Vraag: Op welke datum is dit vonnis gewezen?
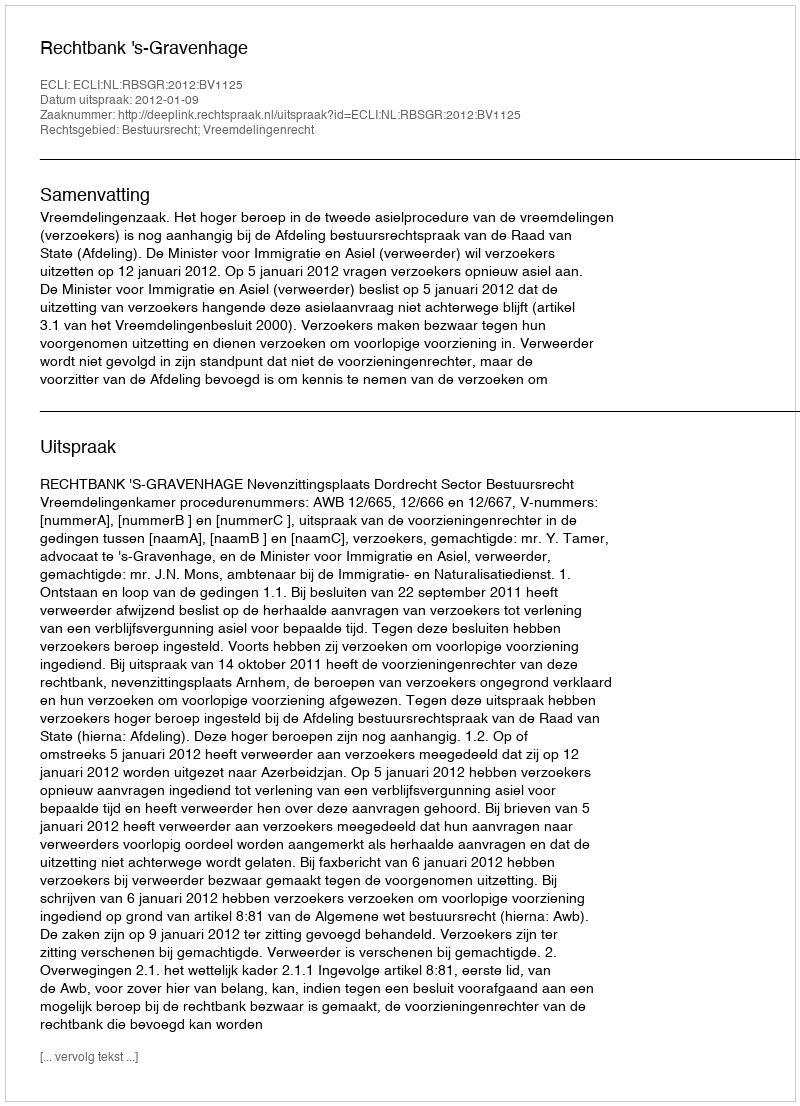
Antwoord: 2012-01-09